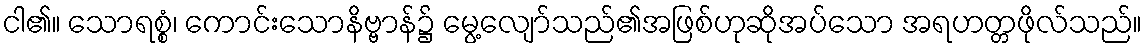
ငါ၏။ သောရစ္စံ၊ ကောင်းသောနိဗ္ဗာန်၌ မွေ့လျော်သည်၏အဖြစ်ဟုဆိုအပ်သော အရဟတ္တဖိုလ်သည်။